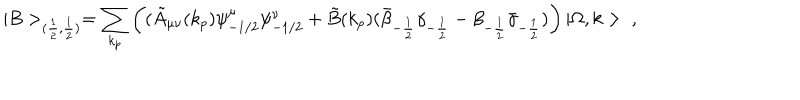
| B > _ { ( \frac { 1 } { 2 } , \frac { 1 } { 2 } ) } = \sum _ { k _ { p } } \left( ( \tilde { A } _ { \mu \nu } ( k _ { p } ) \psi _ { - 1 / 2 } ^ { \mu } \psi _ { - 1 / 2 } ^ { \nu } + \tilde { B } ( k _ { p } ) ( \bar { \beta } _ { - \frac { 1 } { 2 } } \gamma _ { - \frac { 1 } { 2 } } - \beta _ { - \frac { 1 } { 2 } } \bar { \gamma } _ { - \frac { 1 } { 2 } } ) \right) | \Omega , k > \ ,